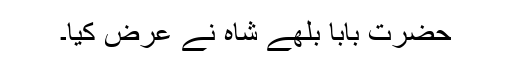
حضرت بابا بلھے شاہ نے عرض کیا۔